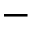
-